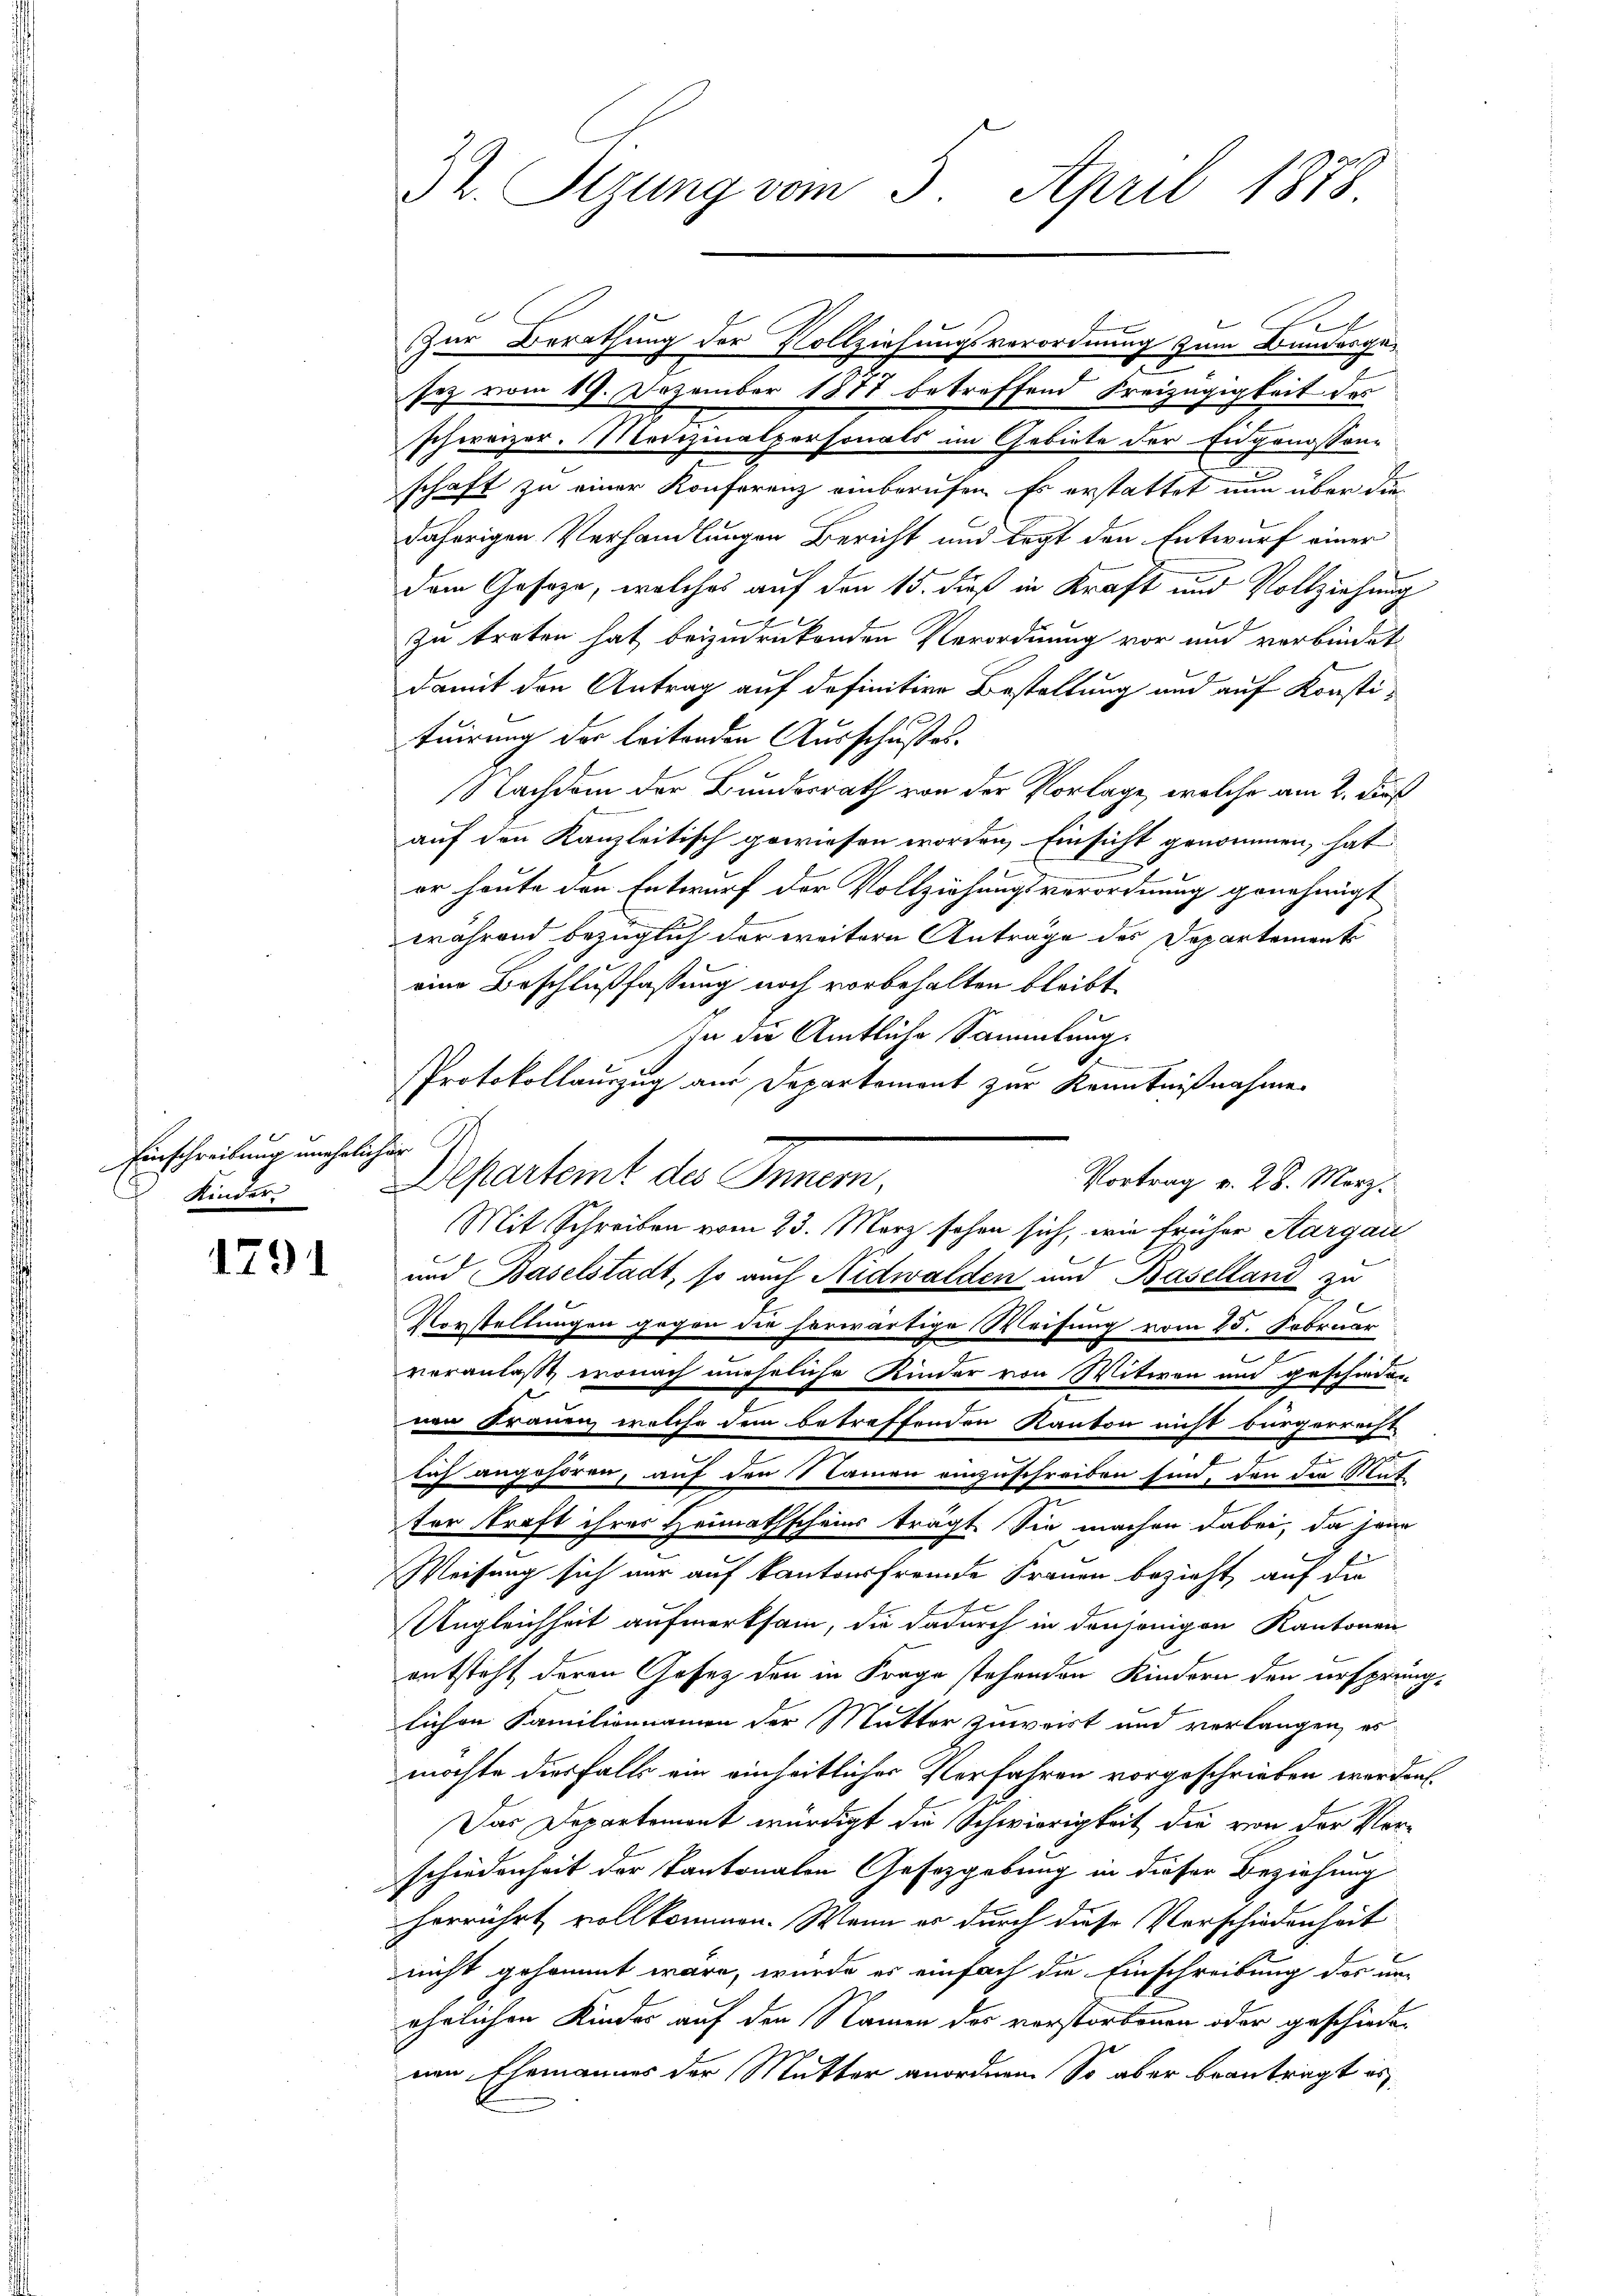
Einschreibung unehelich
Kinder

1791

Dr. Sizung vom 5. April 1878

Zur Berathung der Vollziehungsverordnung zum Bundesge-
sez vom 19. Dezember 1877 betreffend Freizügigkeit des
schweizer. Medizinalpersonals im Gebiete der Eugenossen-
schaft zu einer Konferenz einberufen. Es erstattet nun über die
daherigen Verhandlungen Bericht und legt den Entwurf einer
dem Gesage, welches auf den 15. Fuß in Kraft und Vollziehung
zu treten hat beizudrükenden Verordnung vor und verbindet
damit den Antrag auf definitive Bestellung und auf Konstituirung der leitenden Ausschußes.
Nachdem der Bundesrath von der Vorlage, welche am 2. Fuß
auf den Kanzleitisch gewiesen worden, Einsicht genommen, hat
er heute den Entwurf der Vollziehungsverordnung genehmigt
während bezüglich der weitern Anträge des Departements
eine Beschlußfassung noch vorbehalten bleibt.
In die Amtliche Sammlung.
c
Protokollauszug aus Departement zur Kenntnißnahme
e
Depertent des Inner
Vortrag v. 28. März.
Mit Schreiben vom 23. März sehen sich, wie früher Aargau
und Baselstadt, so auch Nidwalden und Baselland zu
Vorstellungen gegen die herwärtige Weisung vom 25. Februar
veranlasse, wonach uneheliche Kinder von Witwen und geschieden
nen Frauen, welche dem betreffenden Kanton nicht bürgerrecht
lich angehören, auf den Namen einzuschreiben sind, den der Mut
ter Straft ihres Heimathscheins trägt. Sie machen dabei, da jene
Weisung sich nur auf kantonsfremde Frauen bezieht, auf die
Ungleichheit aufmerksam, die dadurch in denjenigen Kantonen
entsteht deren Gesetz den in Frage stehenden Kindern den ursprünglichen Familiennamen der Mutter zuweist und verlangen, es
möchte diesfalls ein einheitlicher Verfahren vorgeschrieben werden.
Das Departement würdigt die Schwierigkeit die von der Verschiedenheit der Kantonalen Gesetzgebung in dieser Beziehung
herrührt vollkommen. Wenn es durch diese Verschiedenheit
nicht gesammt wäre, wurde es einfach die Einschreibung des unährlichen Kindes auf den Namen des verstorbenen oder geschieden
nen Ehemannes der Mutter anordnen. So aber beantragt is